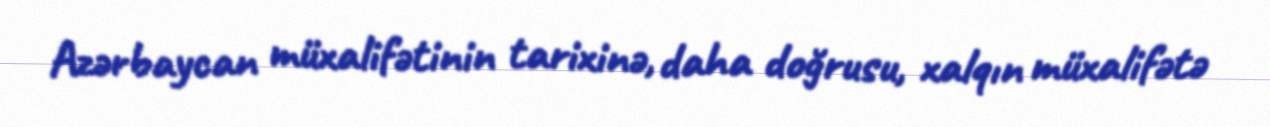
Azərbaycan müxalifətinin tarixinə, daha doğrusu, xalqın müxalifətə